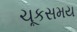
ચૂકસમય